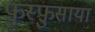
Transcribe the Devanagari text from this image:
फ़ुस्फ़ुसाया